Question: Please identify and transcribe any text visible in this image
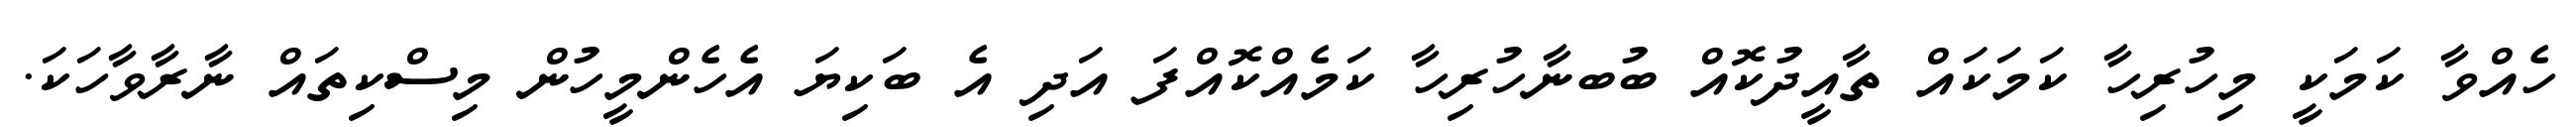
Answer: ހެއްވާ ކަމަކީ މިހުރިހާ ކަމަކައް ތާއީދުކޮއް ބުބނާހުރިހާ ކަމެއްކޮއްފަ އަދި އެ ބަކިޔަ އެހެންމީހުން މިސްކިތައް ނާރާވާހަކަ.